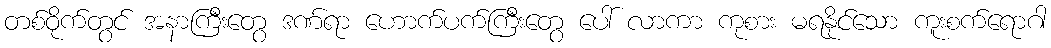
တစ်ဝိုက်တွင် အနာကြီးတွေ ဒဏ်ရာ ဟောက်ပက်ကြီးတွေ ပေါ် လာကာ ကုစား မရနိုင်သော ကူးစက်ရောဂါ